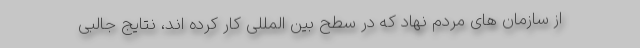
از سازمان های مردم نهاد که در سطح بین المللی کار کرده اند، نتایج جالبی